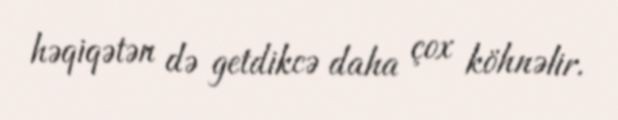
həqiqətən də getdikcə daha çox köhnəlir.